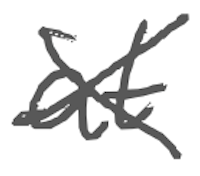
Text: at
Cross-out: cross
Writing tool: digital_gray